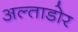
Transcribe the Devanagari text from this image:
अल्ताडोर